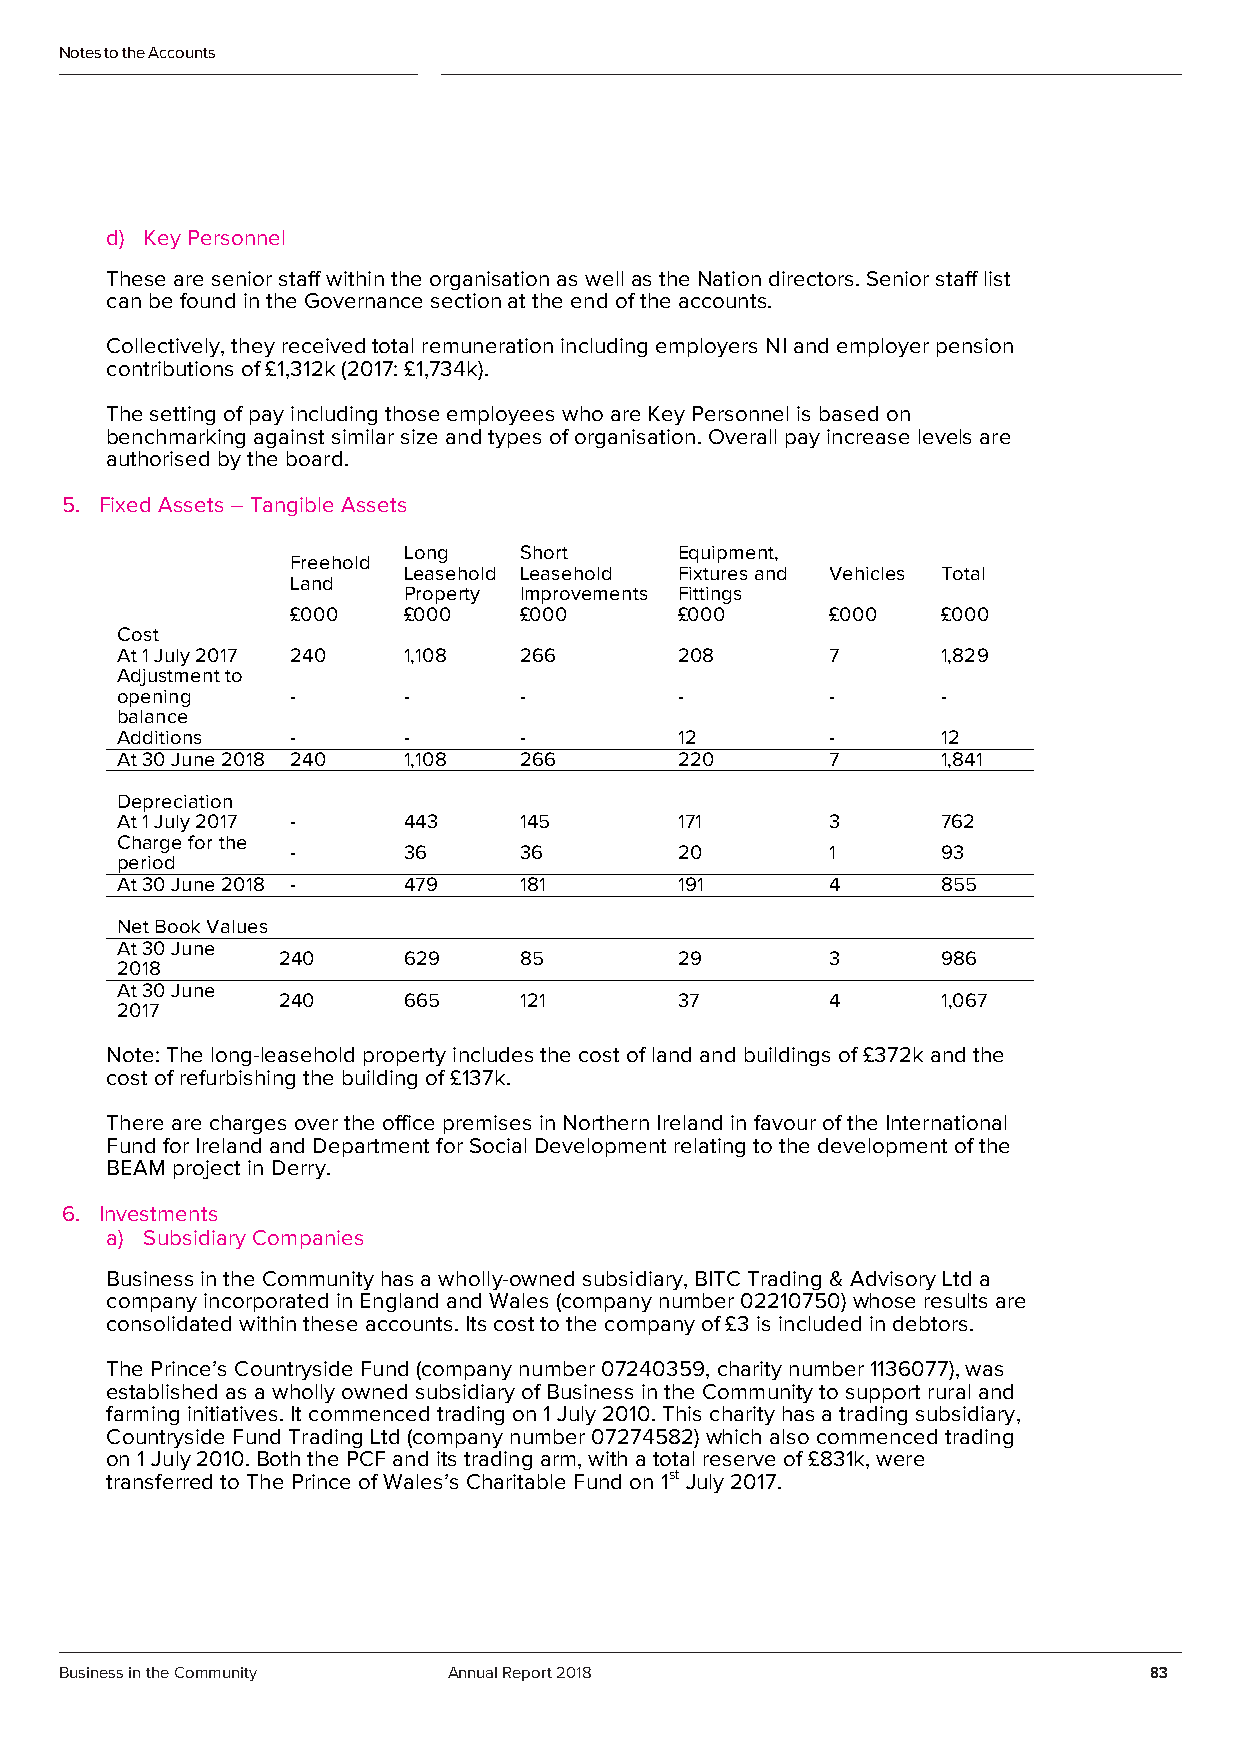
Notes to the Accounts
 d) Key Personnel
 These are senior staff within the organisation as well as the Nation directors. Senior staff list
 can be found in the Governance section at the end of the accounts.
 Collectively, they received total remuneration including employers NI and employer pension
 contributions of £1,312k (2017: £1,734k).
 The setting of pay including those employees who are Key Personnel is based on
 benchmarking against similar size and types of organisation. Overall pay increase levels are
 authorised by the board.
 5. Fixed Assets – Tangible Assets
 Long   Short      Equipment,
 Freehold
 Leasehold Leasehold Fixtures and Vehicles Total
 Land
 Property Improvements Fittings
 £000    £000   £000       £000      £000   £000
 Cost
 At 1 July 2017 240 1,108  266        208       7      1,829
 Adjustment to
 opening    -       -      -          -         -      -
 balance
 Additions  -       -      -          12        -      12
 At 30 June 2018 240 1,108 266        220       7      1,841
 Depreciation
 At 1 July 2017 -   443    145        171       3      762
 Charge for the
 -       36     36         20        1      93
 period
 At 30 June 2018 -  479    181        191       4      855
 Net Book Values
 At 30 June
 240      629    85         29        3      986
 2018
 At 30 June
 240      665    121        37        4      1,067
 2017
 Note: The long-leasehold property includes the cost of land and buildings of £372k and the
 cost of refurbishing the building of £137k.
 There are charges over the office premises in Northern Ireland in favour of the International
 Fund for Ireland and Department for Social Development relating to the development of the
 BEAM project in Derry.
 6. Investments
 a) Subsidiary Companies
 Business in the Community has a wholly-owned subsidiary, BITC Trading & Advisory Ltd a
 company incorporated in England and Wales (company number 02210750) whose results are
 consolidated within these accounts. Its cost to the company of £3 is included in debtors.
 The Prince’s Countryside Fund (company number 07240359, charity number 1136077), was
 established as a wholly owned subsidiary of Business in the Community to support rural and
 farming initiatives. It commenced trading on 1 July 2010. This charity has a trading subsidiary,
 Countryside Fund Trading Ltd (company number 07274582) which also commenced trading
 on 1 July 2010. Both the PCF and its trading arm, with a total reserve of £831k, were
 transferred to The Prince of Wales’s Charitable Fund on 1st July 2017.
 Business in the Community Annual Report 2018                            83